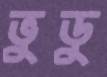
ভুডু